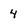
Character: 4